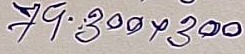
79 - 300 x 300